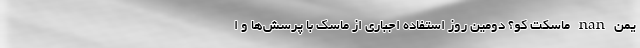
یمن nan ماسکت کو؟ دومین روز استفاده اجباری از ماسک با پرسش‌ها و ا